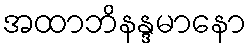
အထာဘိနန္ဒမာနော